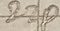
Text: 22P